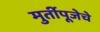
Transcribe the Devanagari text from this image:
मुर्तीपूजेचे